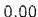
0.00